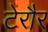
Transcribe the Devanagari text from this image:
टेरौर